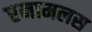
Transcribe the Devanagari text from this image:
एनामलस